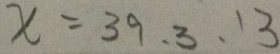
x = 3 9 , 3 , 1 3